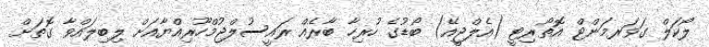
ލޯކަލް ގަވަރމަންޓް އޮތޯރިޓީ (އެލްޖީއޭ) ބޯޑުގެ ހުރިހާ ބާރެއް ރައީސުލްޖުމްހޫރިއްޔާއަށް ލިބިލައްވާ ގޮތަށް